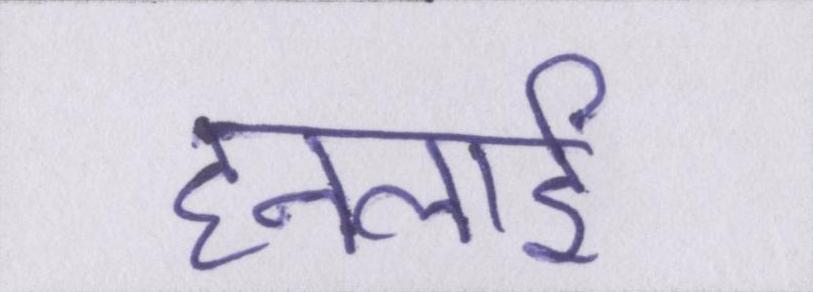
हनलाई